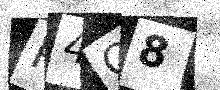
Text: R4O8